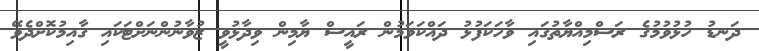
ދަނޑު ހުޅުވުމުގެ ރަސްމިއްޔާތުގައި ވާހަކަފުޅު ދައްކަވަމުން ރައީސް ޔާމިން ވިދާޅުވީ ޒުވާނުންނަށްޓަކައި ގާއިމުކޮށްދެވޭ